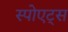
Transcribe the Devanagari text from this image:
स्पोएट्स